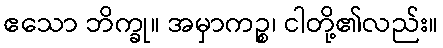
ဧသော ဘိက္ခု။ အမှာကဉ္စ၊ ငါတို့၏လည်း။